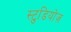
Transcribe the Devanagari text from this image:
स्टुडियोज़